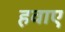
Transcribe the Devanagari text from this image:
हवाए